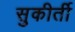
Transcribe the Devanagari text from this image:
सुकीर्ती